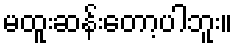
မထူးဆန်းတော့ပါဘူး။